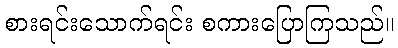
စားရင်းသောက်ရင်း စကားပြောကြသည်။